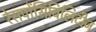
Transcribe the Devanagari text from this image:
रेसपोंसिबिलिटीज